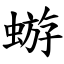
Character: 蝣